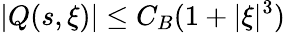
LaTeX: |Q(s,\xi)|\leq C_{B}(1+|\xi|^{3})